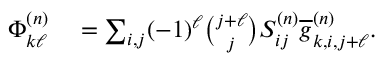
\begin{array} { r l } { \Phi _ { k \ell } ^ { ( n ) } } & { { } = \sum _ { i , j } ( - 1 ) ^ { \ell } \binom { j + \ell } { j } S _ { i j } ^ { ( n ) } \overline { { g } } _ { k , i , j + \ell } ^ { ( n ) } . } \end{array}